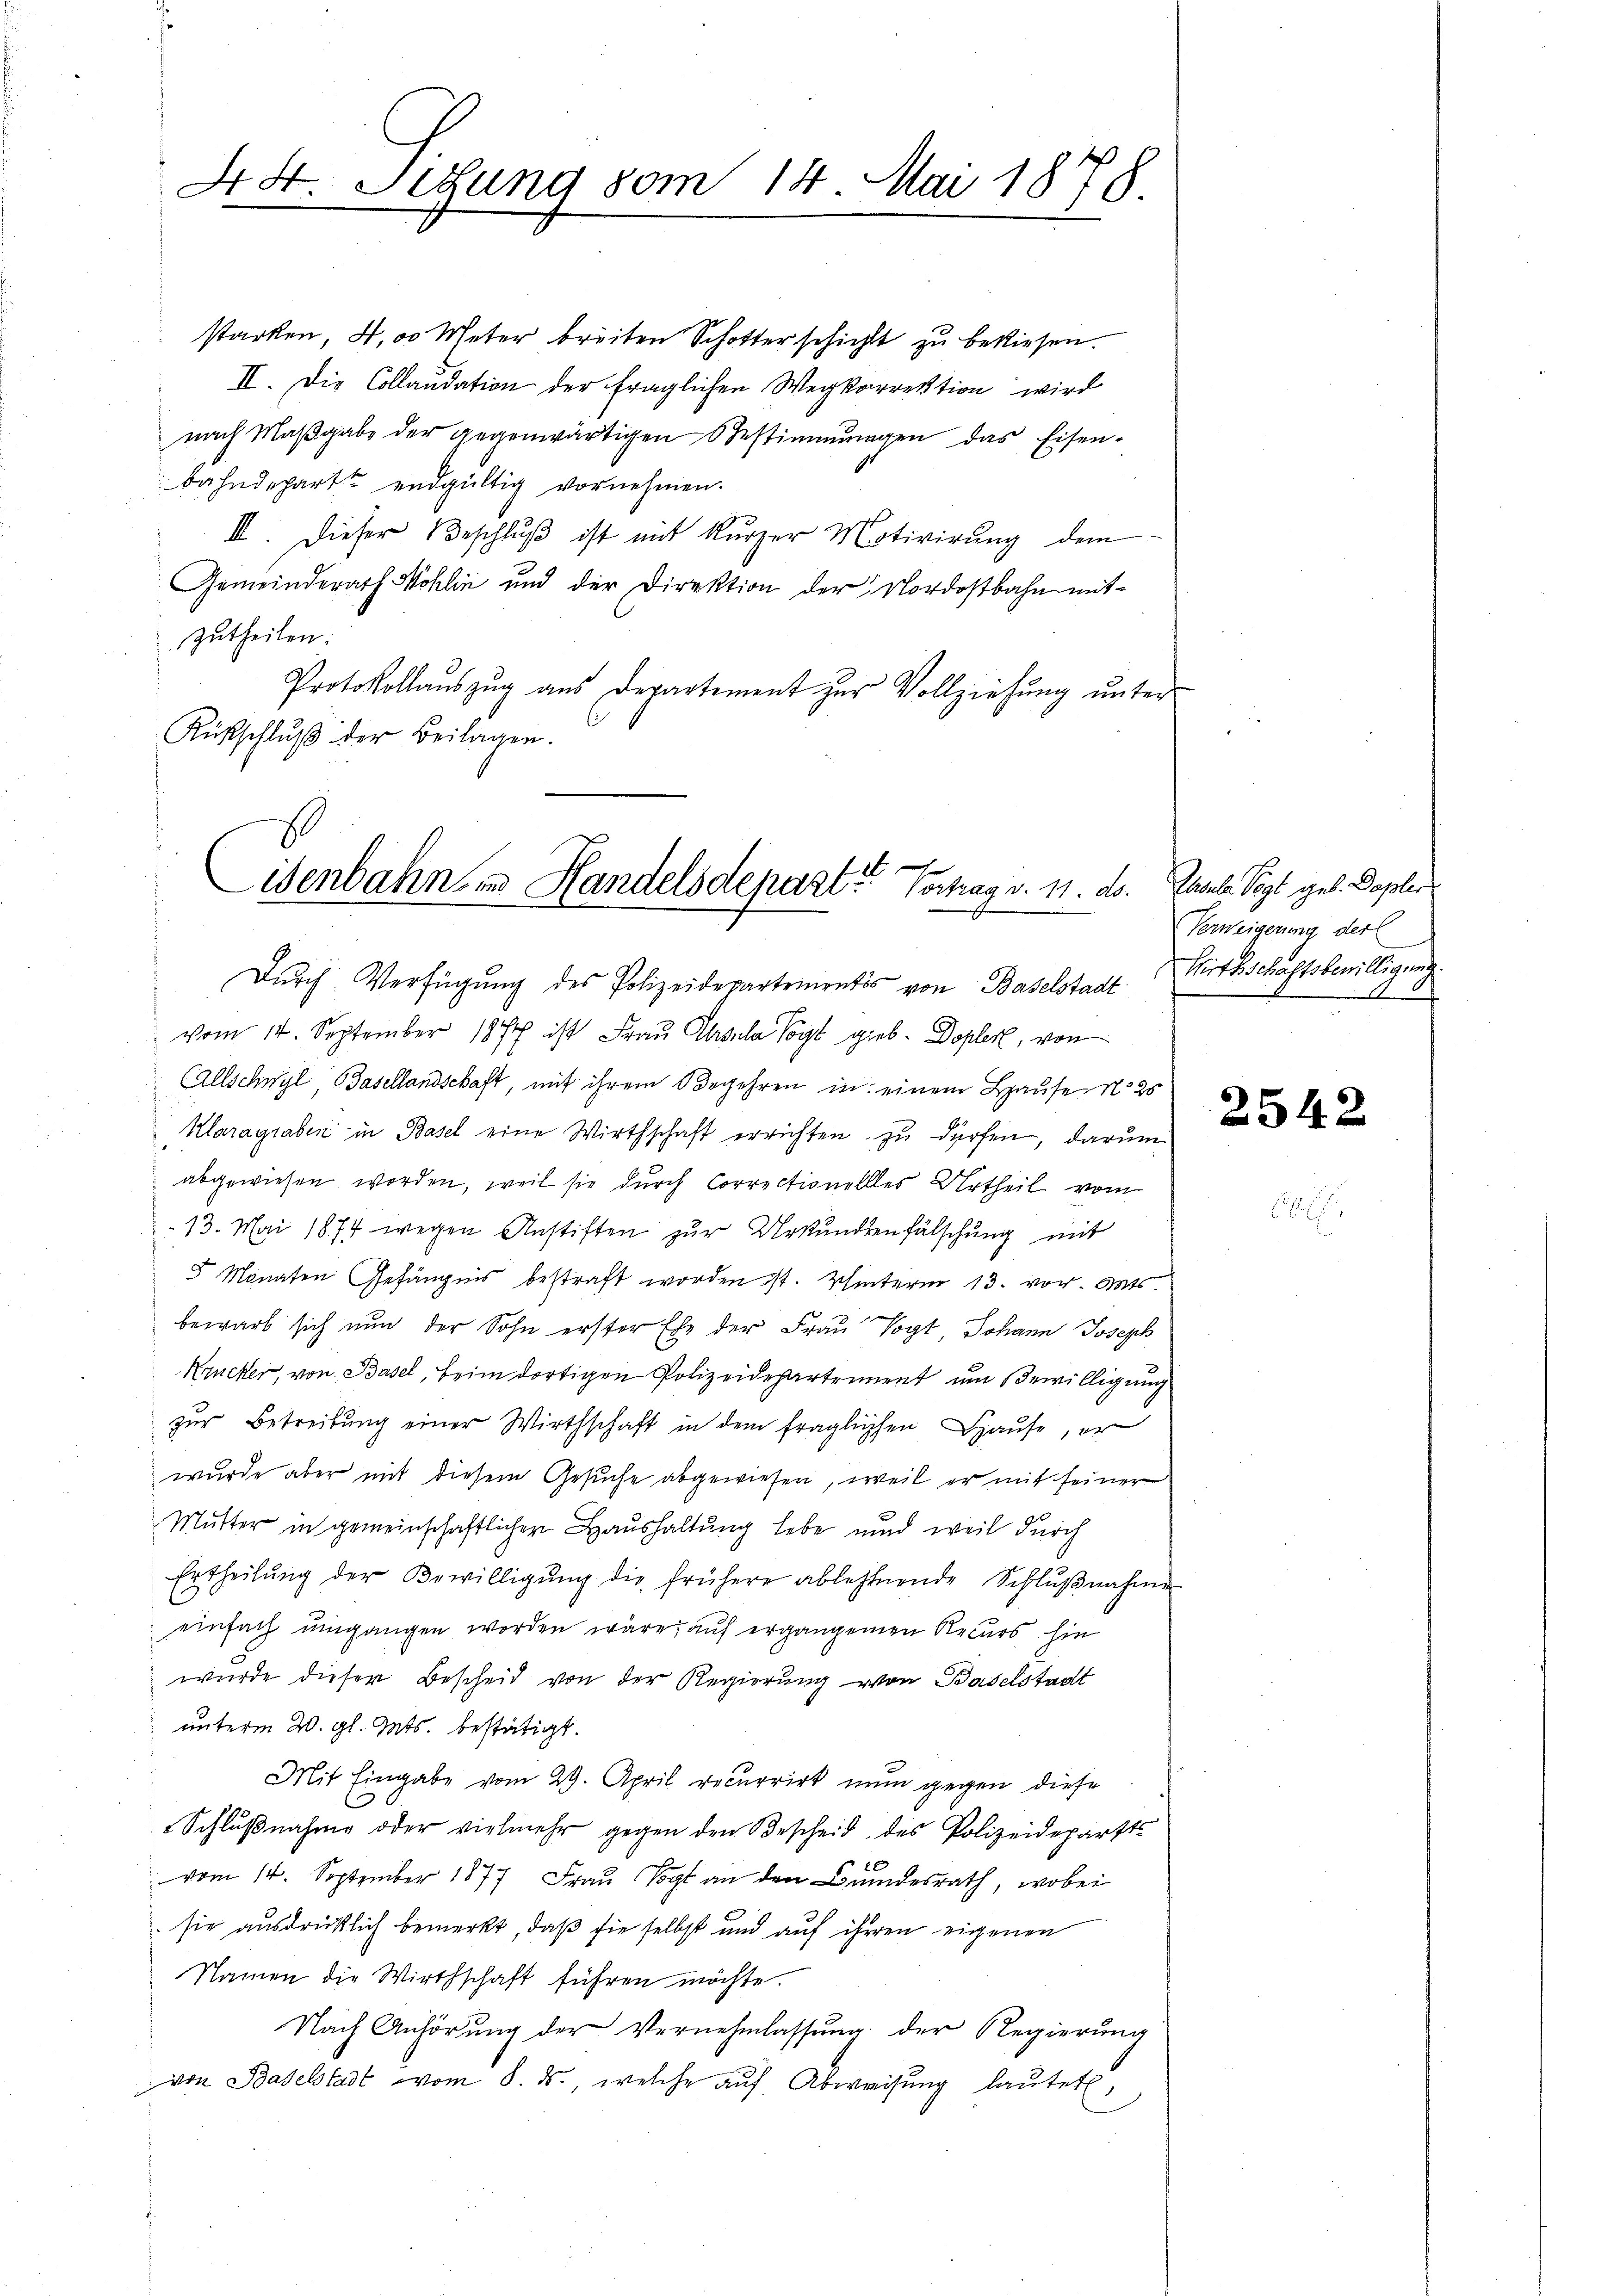
44. Sitzung vom 14. Mai 1878

starken, 400 Meter breiten Schotterschicht zu bekiesen.
II. Die Collaudation der fraglichen Wegkorrektion wird
nach Maßgabe der gegenwärtigen Bestimmungen das Eisen-
bahndepart endgültig vornehmen.
III. Dieser Beschlŭβ ist mit kurzer Motivirung dem
Gemeinderath Möhlin und der Direktion der Nordostbahn mitzutheilen.
Protokollaŭszŭg aŭs Departement zur Vollziehŭng ŭnter
Rückschlŭβ der Beilagen.

t
Eisenbahn in Handelsdepart. Vortrag v. 11. ds. Casels Vogt geb. Dapler
Dŭrch Verfügŭng des Polizeidepartementes von Baselstadt. Wirthschaftsbewilligung

vom 14. September 1874 ist Frau Ursula Vogt gieb- Dopler, von
Allschwyl, Basellandschaft, mit ihrem Begehren in einem Hause No 25
Klaragraben in Basel eine Wirthschaft errichten zu dürfen, darum
abgewiesen worden, weil sie durch Correctionellles Urtheil vom
13. Mai 1874 wegen Anstiften zur Urkundenfälschung mit
5 Monaten Gefängnis bestraft worden ist. Winterm 13. vor. Mts.
bewarb sich nun der Sohn erster Ehe der Frau Vogt, Johann Joseph
Krucker, von Basel, beim dortigen Polizeidepartement um Bewilligung
zŭr Betreibŭng einer Wirthschaft in dem fraglichen Hause, er
wurde aber mit diesem Gesuche abgewiesen, weil er mit seiner
Mutter in gemeinschaftlicher Haushaltung lebe und weil durch
Ertheilŭng der Bewilligŭng die frühere ablehnende Schlŭβnahme
einfach umgangen worden wäre, auf ergangenen Recurs hie
wurde dieser Bescheid von der Regierung von Baselstadt
unterm 20. gl. Guts. bestätigt.
Mit Eingabe vom 29. April recurrirt nun gegen diese
Schlŭβnahme oder vielmehr gegen den Bescheid des Polizeidepärtts
vom 14. September 1877 Frau Vogt an den Bundesrath, wobei
sie ausdrücklich bemerkt, daß sie selbst und auf ihren eigenen
Namen die Wirthschaft führen möchte.
Nach Anhörung der Vernehmlassung der Regierung
von Baselstadt vom 8. ds., welche auf Abweisung lautet,

Verweigerung der
A

2542